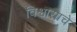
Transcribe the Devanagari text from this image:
विश्वासाचे